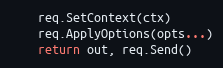
Language: Go
	req.SetContext(ctx)
	req.ApplyOptions(opts...)
	return out, req.Send()